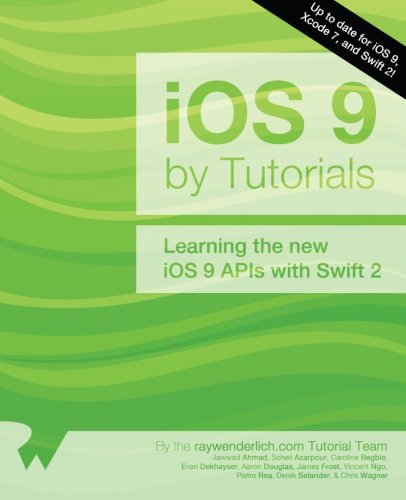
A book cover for iOS 9 by Tutorials: Learning the new iOS 9 APIs with Swift 2; Jawwad Ahmad; Computers & Technology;